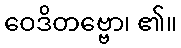
ဝေဒိတဗ္ဗော၊ ၏။